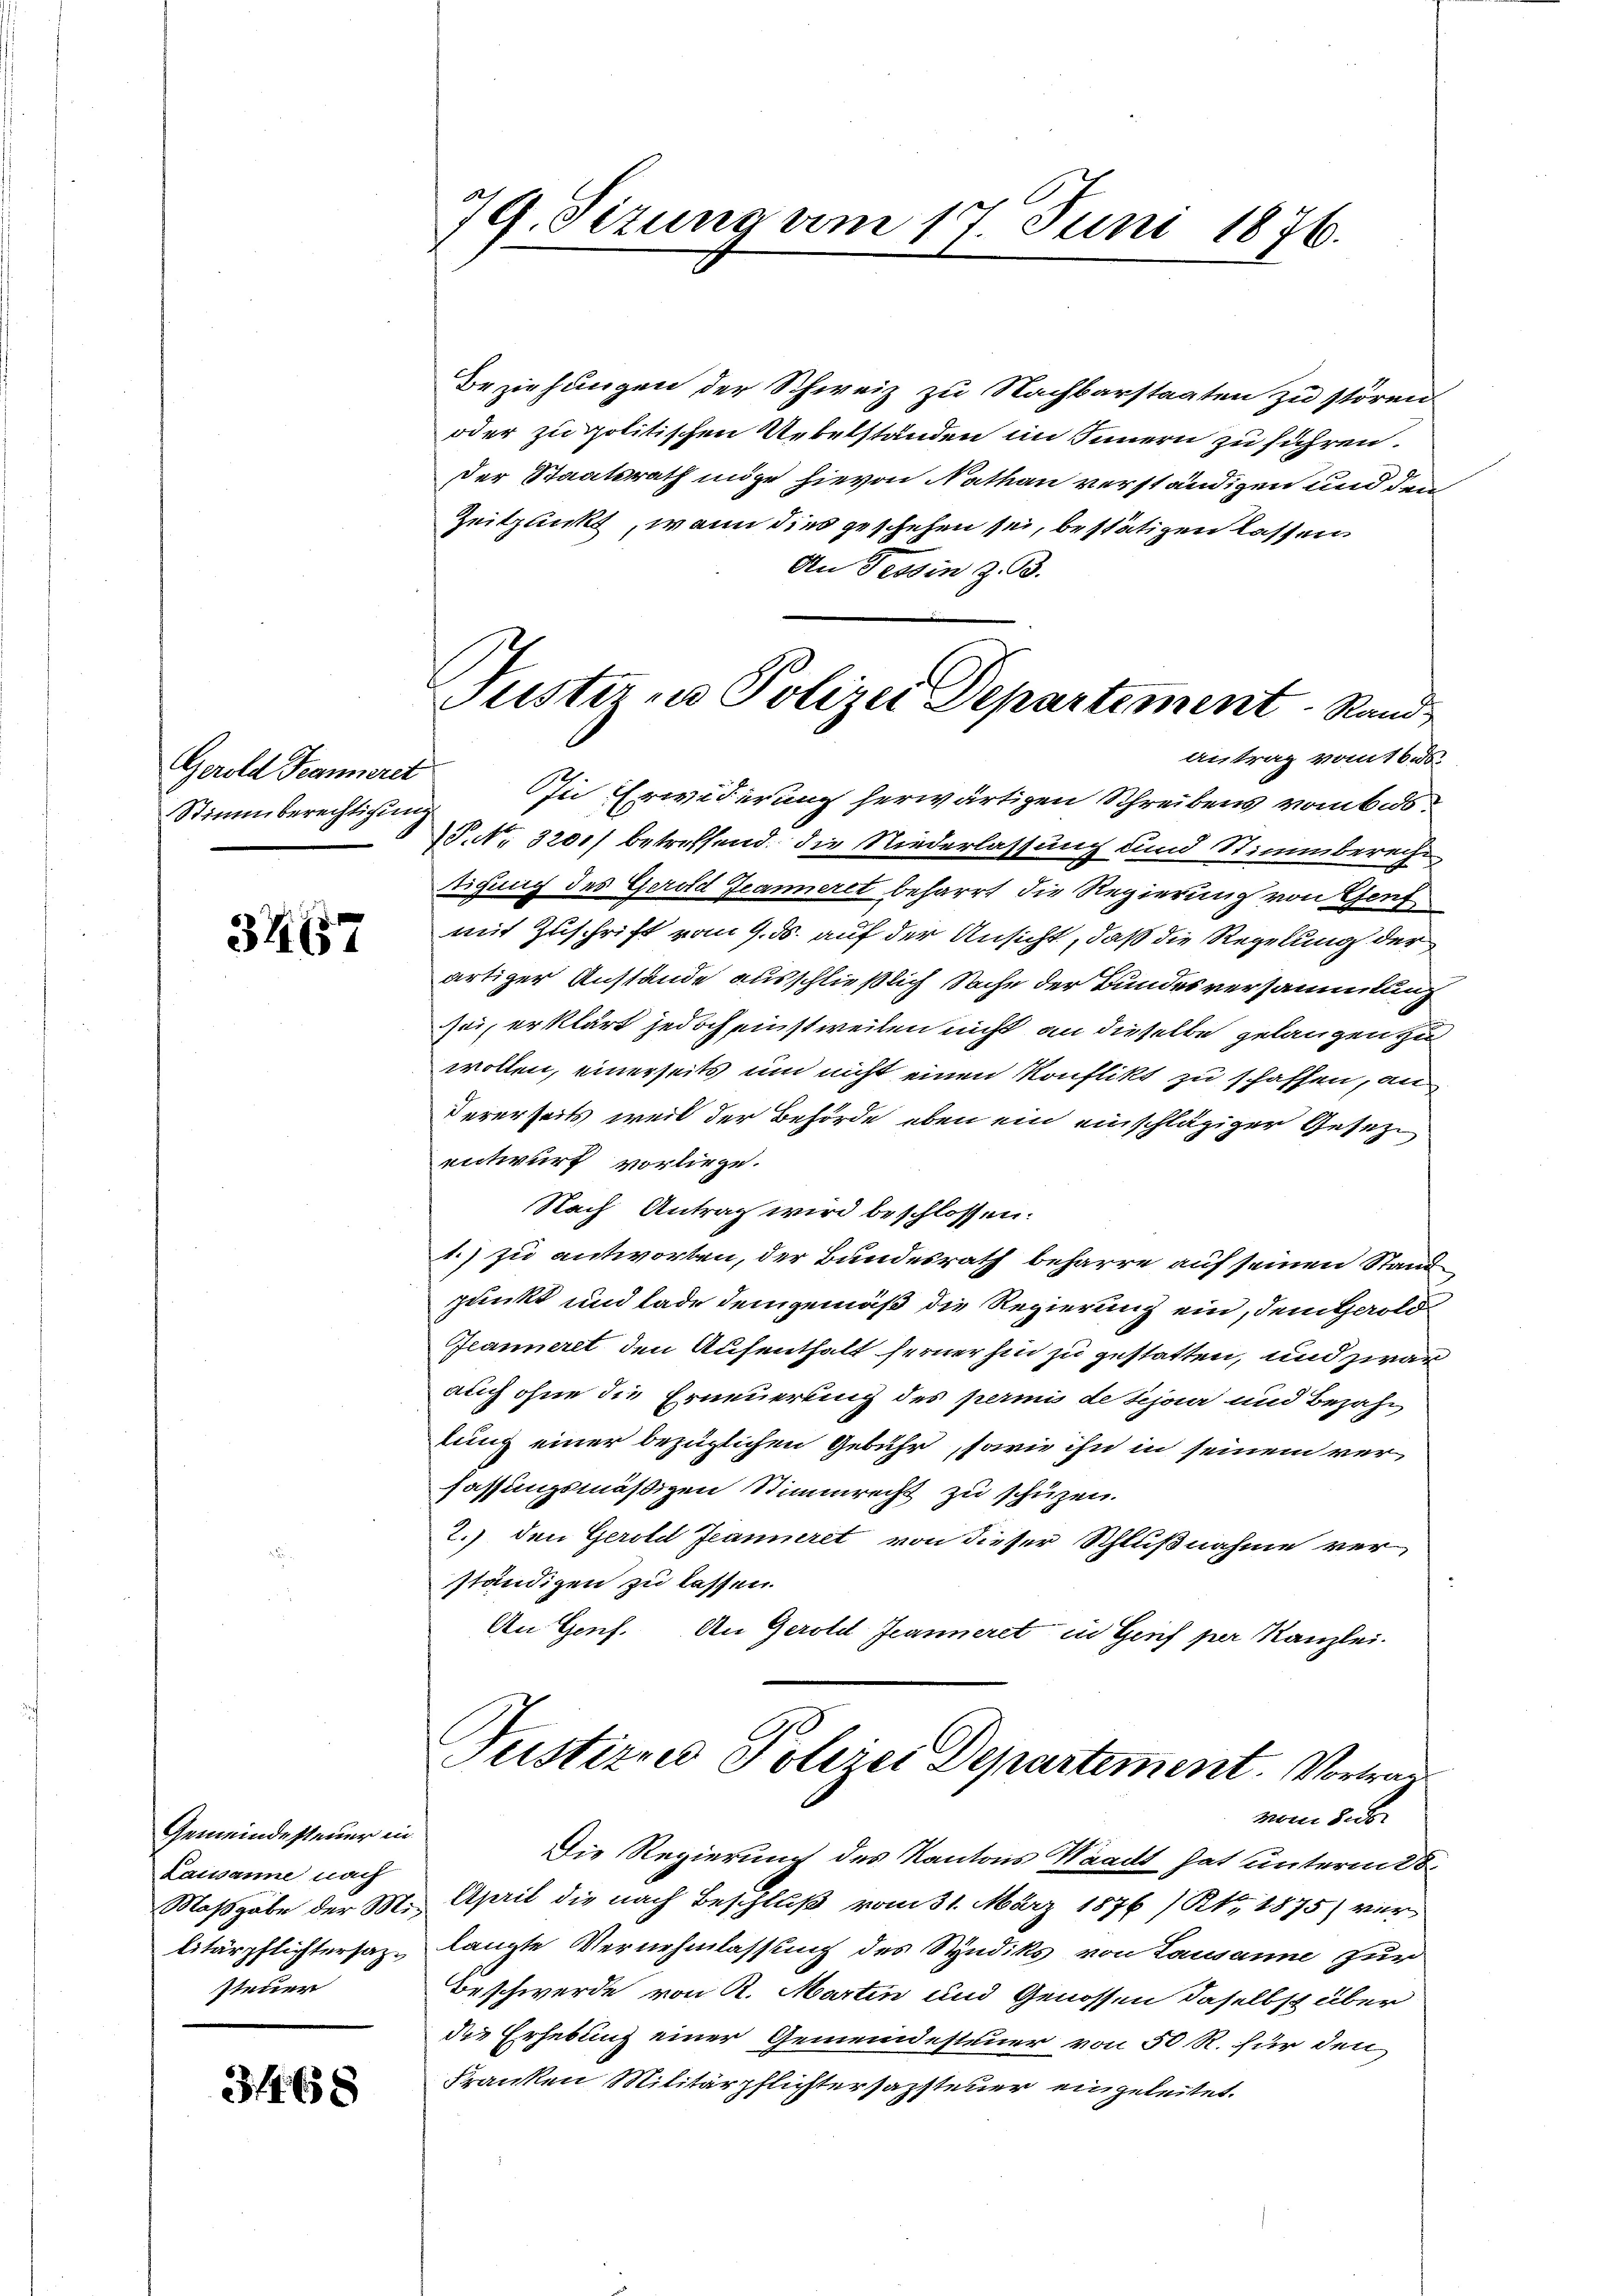
Gerold Feanneret
Stimmberechtigung

3267

Gemeindesteuer in
Lausanne nach
Maßgabe der Militärpflichtersazsteuer

33 f 6 x

79. Sizung am 17. Juni 1876.

Justiz in Polizei Departement Rand
antrag vom 16.s.

Beziehungen der Schweiz zu Nachbarstaaten zu stören.
oder zu politischen Uebelständen in Innern zu führen.
der Staatsrath möge hievon Nathan verständigen und den
Zeitpunkt, wenn dies geschehen sei, bestätigen lassen
An Tessin z. B.
n Erwiderung herwärtigen Schreibens vom bis
1. No. 320.) betreffend die Niederlassung und Stimmberechtigung des Gerold Jeanneret beharrt die Regierung von Genf
mit Zuschrift vom 9. ds. auf der Ansicht, daß die Regelung der
artiger Anstände ausschließlich Sache der Bundesversammlung
sei, erklärt jedoch einstweilen nicht an dieselbe gelangen zu
wollen, einerseits um nicht einen Konflikt zu schaffen, an
dererseits weil der Behörde eben ein einschlägiger Gesetze
entwurf vorliege.
Nach Antrag wird beschlossen:
1.) zu antworten, der Bundesrath beharre auf seinen Stand
punkt und lade demgemäß die Regierung ein, dem Gerold¬
Jeanneret, den Aufenthalt ferner hin zu gestatten, und zwar
auch ohne die Erneuerung des permis de Schan und Bezahl
tung einer bezüglichen Gebühr, sowie ihn in seinem verfassungsmäßigen Stimmrecht zu schützen.
2.) den Gerold Jeanneret von dieser Schlußnahme ver-
ständigen zu lassen.
An Genf. An Gerold Jeanneret in Genf per Kanzlei-

Justizned Polizei Departement. Vortrag
vom 8.

Die Regierung des Kantons Waadt hat unterm 28.
April die nach Beschluß vom 31. März 1876 /Kt. 1875) ver
langte Vernehmlassung des Syndiks von Lausanne zur
Beschwerde von K. Martin und Genossen daselbst über
die Erhebung einer Gemeindesteuer von 50 R. für den
Franken Militärpflichtersazsteuer eingeleitet.